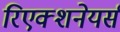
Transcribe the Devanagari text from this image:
रिएक्शनेयर्स